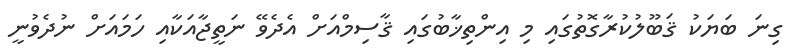
ގިނަ ބަޔަކު ޤަބޫލުކުރާގޮތުގައި މި އިންތިޚާބުގައި ޤާސިމްއަށް އެދެވޭ ނަތީޖާއަކާއި ހަމައަށް ނުދެވުނީ